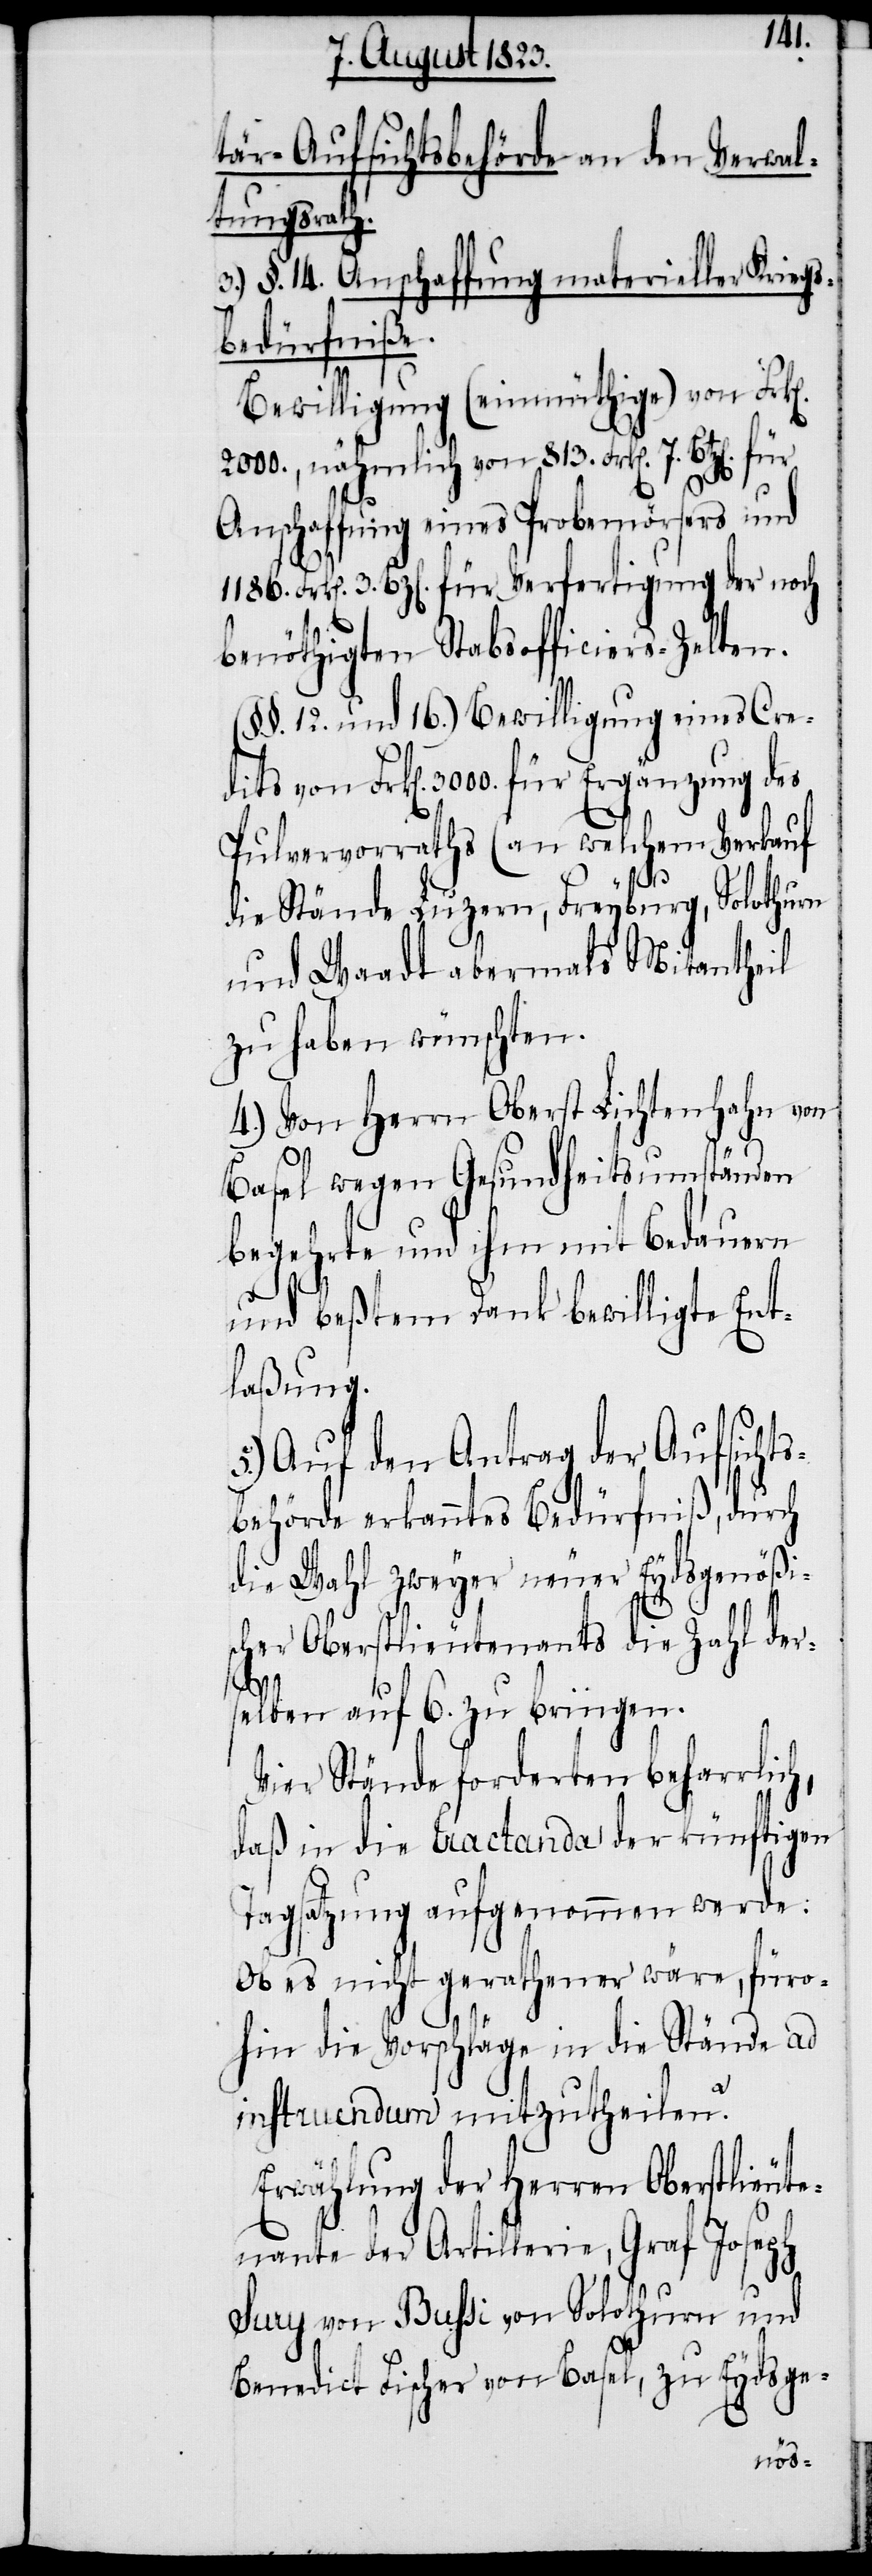
tär-Aufsichtsbehörde an den Verwal¬
tungsrath.
3.) §. 14. Anschaffung materieller Kriegs¬
bedürfniße.
Bewilligung (einmüthige) von Frk[e¬
2000., nähmlich von 813. Frk[en]. 7.
Anschaffung eines Probemörsers und
3. Bz[en]. für Verfertigung der noch
benöthigten Stabsofficiers-Zelten.
(§§. 12. und 16.) Bewilligung eines Cre¬
dits von Frk[en]. 3000. für Ergänzung des
Pulvervorraths (an welchem Verkauf
die Stände Luzern, Freyburg, Solothurn
und Waadt abermals Mitantheil
zu haben wünschten.[)]
4.) Von Herrn Oberst Lichtenhahn von
Basel wegen Gesundheitsumständen
begehrte und ihm mit Bedauern
und beßtem Dank bewilligte Ent¬
laßung.
5.) Auf den Antrag der Aufsichts¬
behörde erkanntes Bedürfniß, durch
die Wahl zweyer neuer Eydsgenößis¬
cher Oberstlieutenants die Zahl der¬
selben auf 6. zu bringen.
Vier Stände forderten beharrlich,
daß in die Tractanda der künftigen
Tagsatzung aufgenommen werde:
Ob es nicht gerathener wäre, füro¬
hin die Vorschläge in die Stände ad
instruendum mitzutheilen?
Erwählung der Herren Oberstlieute¬
nante der Artillerie, Graf Joseph
Sury von Bussi von Solothurn und
Benedict Fischer von Basel, zu Eydsge-
n].